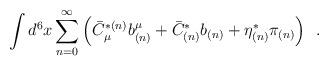
LaTeX: \begin{align*}\int d^6 x \sum _{n=0}^{\infty} \left(\bar C^{*(n)}_{\mu }b^{\mu}_{(n)}+\bar C_{(n)}^* b_{(n)}+\eta ^*_{(n)}\pi _{(n)}\right)\,\,\, .\end{align*}